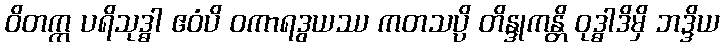
ဝိတက္က ပရိသုဒ္ဓါ ဧဝံပိ ဝကာရဒွယဿ ကတသပ္ပိ တိန္ဒုကန္တိ ဝုဒ္ဓါဒိမှိ ဘဒ္ဒိယ